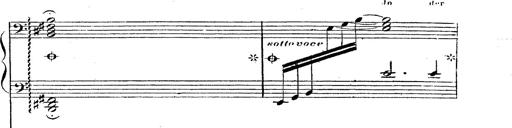
Title: 12 Lieder von Franz Schubert
Composer: Franz Liszt